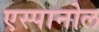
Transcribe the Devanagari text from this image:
एस्‍पानोल